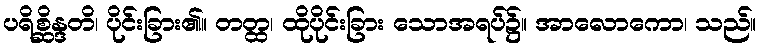
ပရိစ္ဆိန္ဒတိ၊ ပိုင်းခြား၏။ တတ္ထ၊ ထိုပိုင်းခြား သောအရပ်၌။ အာလောကော၊ သည်။